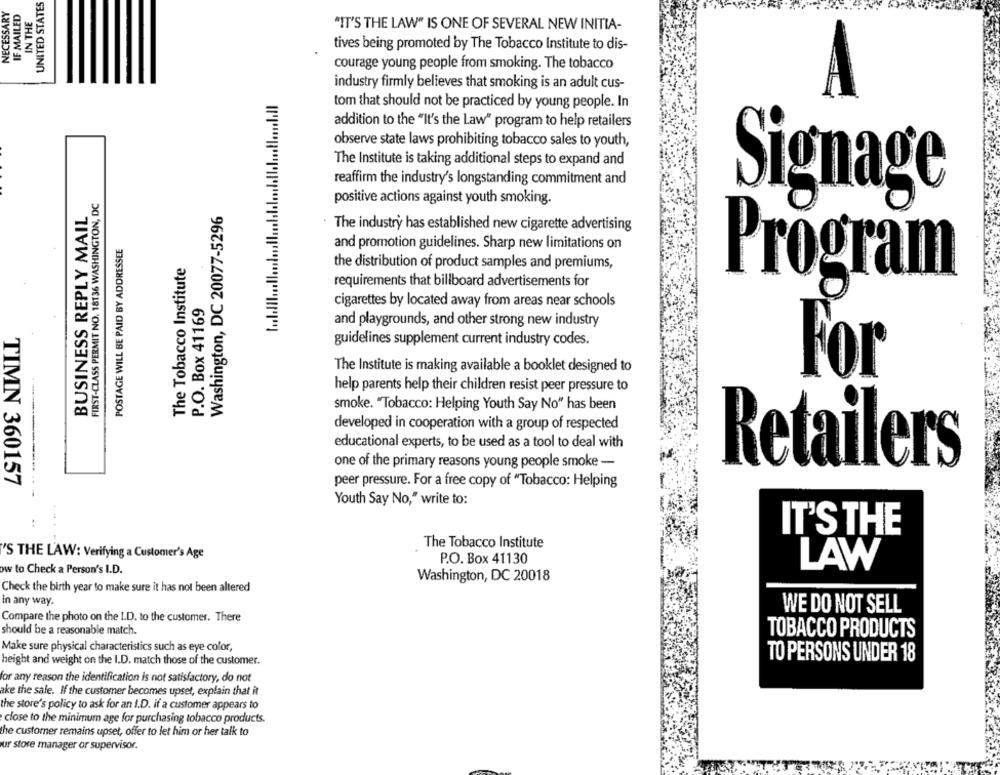
UNITED STATES
NECESSARY
IF MAILED
IN THE
"IT'S THE LAW" IS ONE OF SEVERAL NEW INITIA-
tives being promoted by The Tobacco Institute to dis-
courage young people from smoking. The tobacco
industry firmly believes that smoking is an adult cus-
tom that should not be practiced by young people. In
addition to the "It's the Law" program to help retailers
observe state laws prohibiting tobacco sales to youth,
The Institute is taking additional steps to expand and
reaffirm the industry's longstanding commitment and
FIRST-CLASS PERMIT NO. 18136 WASHINGTON, DC
positive actions against youth smoking.
BUSINESS REPLY MAIL
Washington, DC 20077-5296
Signage
· The industry has established new cigarette advertising
POSTAGE WILL BE PAID BY ADDRESSEE
and promotion guidelines. Sharp new limitations on
The Tobacco Institute
the distribution of product samples and premiums,
requirements that billboard advertisements for
Program
P.O. Box 41169
cigarettes by located away from areas near schools
and playgrounds, and other strong new industry
guidelines supplement current industry codes.
The Institute is making available a booklet designed to
For
help parents help their children resist peer pressure to
smoke. "Tobacco: Helping Youth Say No" has been
developed in cooperation with a group of respected
educational experts, to be used as a tool to deal with
one of the primary reasons young people smoke -
Retailers
TIMN 360157
peer pressure. For a free copy of "Tobacco: Helping
Youth Say No," write to:
IT'S THE
The Tobacco Institute
'S THE LAW: Verifying a Customer's Age
P.O. Box 41130
LAW
ow to Check a Person's I.D.
Washington, DC 20018
Check the birth year to make sure it has not been altered
In any way.
WE DO NOT SELL
Compare the photo on the I.D. to the customer. There
should be a reasonable match.
TOBACCO PRODUCTS
Make sure physical characteristics such as eye color,
TO PERSONS UNDER 18
height and weight on the I.D. match those of the customer.
for any reason the identification is not satisfactory, do not
ake the sale. If the customer becomes upset, explain that it
the store's policy to ask for an I.D. if a customer appears to
close to the minimum age for purchasing tobacco products.
the customer remains upset, offer to let him or her talk to
ur store manager or supervisor.